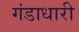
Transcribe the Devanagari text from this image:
गंडाधारी